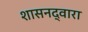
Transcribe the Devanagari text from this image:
शासनद्वारा